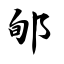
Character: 郇